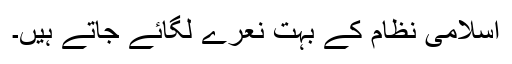
اسلامی نظام کے بہت نعرے لگائے جاتے ہیں۔